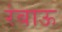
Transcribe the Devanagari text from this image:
रंबाऊ